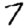
Digit: 7